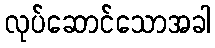
လုပ်ဆောင်သောအခါ